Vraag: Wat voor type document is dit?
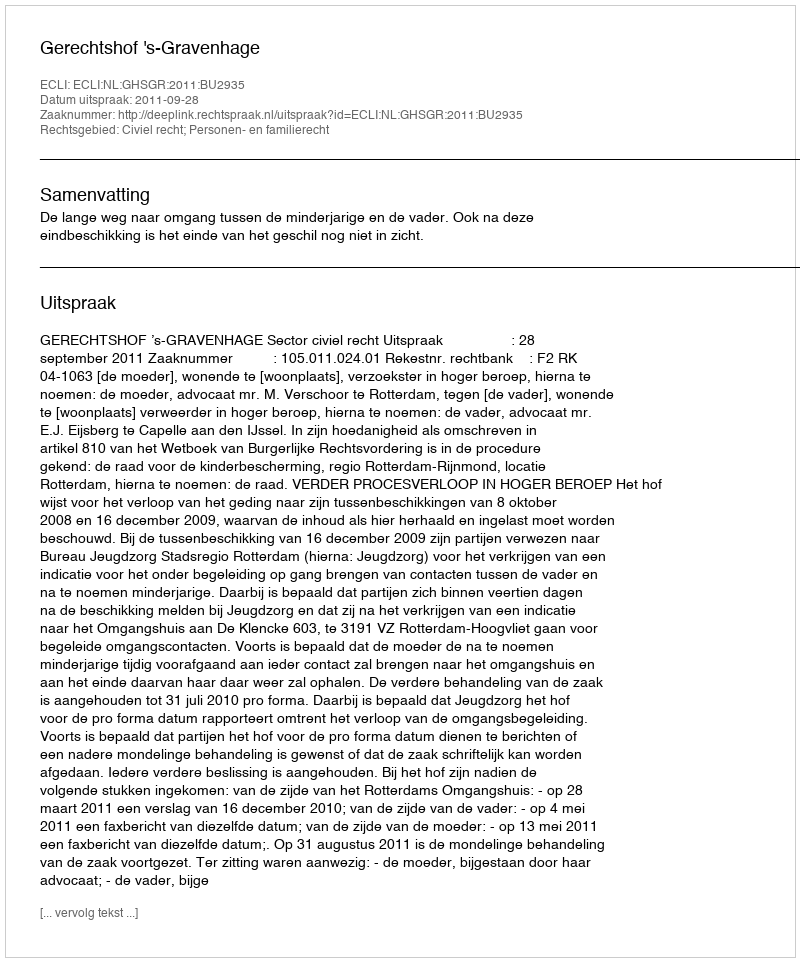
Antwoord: Uitspraak